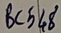
Text: BC548